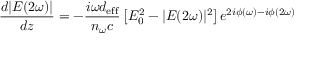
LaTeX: { \frac { d | E ( 2 \omega ) | } { d z } } = - { \frac { i \omega d _ { \mathrm { e f f } } } { n _ { \omega } c } } \left[ E _ { 0 } ^ { 2 } - | E ( 2 \omega ) | ^ { 2 } \right] e ^ { 2 i \phi ( \omega ) - i \phi ( 2 \omega ) }